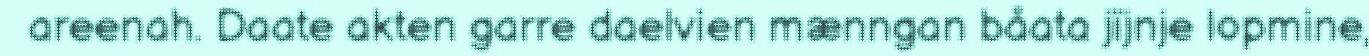
areenah. Daate akten garre daelvien mænngan båata jïjnje lopmine,